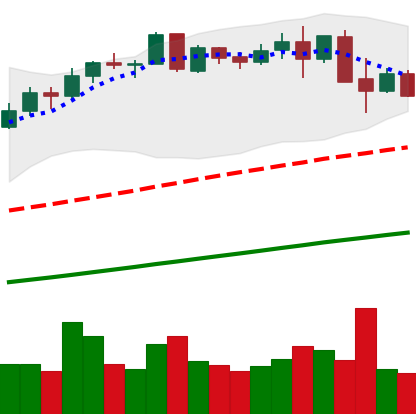
Ticker: BNB-USD
Chart end date: 2021-05-15
Forward return: -30.092%
Label: down_7plus